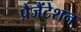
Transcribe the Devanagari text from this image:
प्रैजैंटेशन